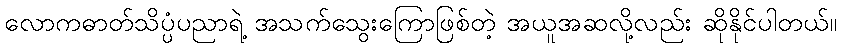
လောကဓာတ်သိပ္ပံပညာရဲ့ အသက်သွေးကြောဖြစ်တဲ့ အယူအဆလို့လည်း ဆိုနိုင်ပါတယ်။